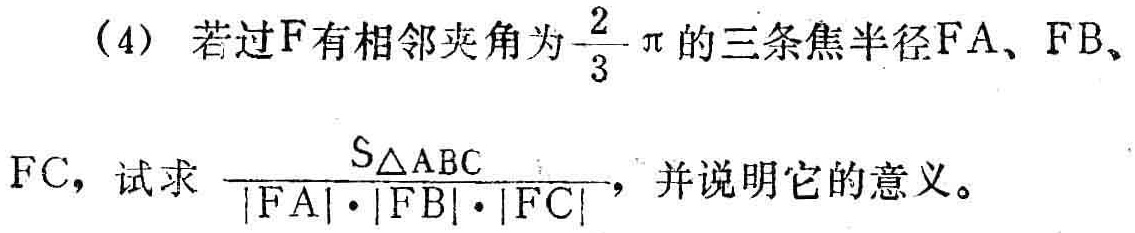
(4) 若过\(F\)有相邻夹角为\(\frac{2}{3}\pi\)的三条焦半径\(FA\)、\(FB\)、\(FC\)，试求\(\frac{S_{\triangle ABC}}{\vert FA\vert\cdot\vert FB\vert\cdot\vert FC\vert}\)，并说明它的意义。